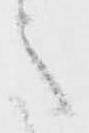
意